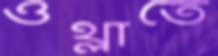
ওথ্‌লাতে